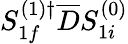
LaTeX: S_{1f}^{(1)\dagger}\overline{{D}}S_{1i}^{(0)}